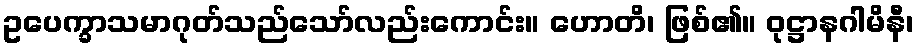
ဥပေက္ခာသမာဂုတ်သည်သော်လည်းကောင်း။ ဟောတိ၊ ဖြစ်၏။ ဝုဋ္ဌာနဂါမိနီ၊